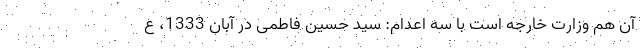
آن هم وزارت خارجه است با سه اعدام: سید حسین فاطمی در آبان 1333، ع